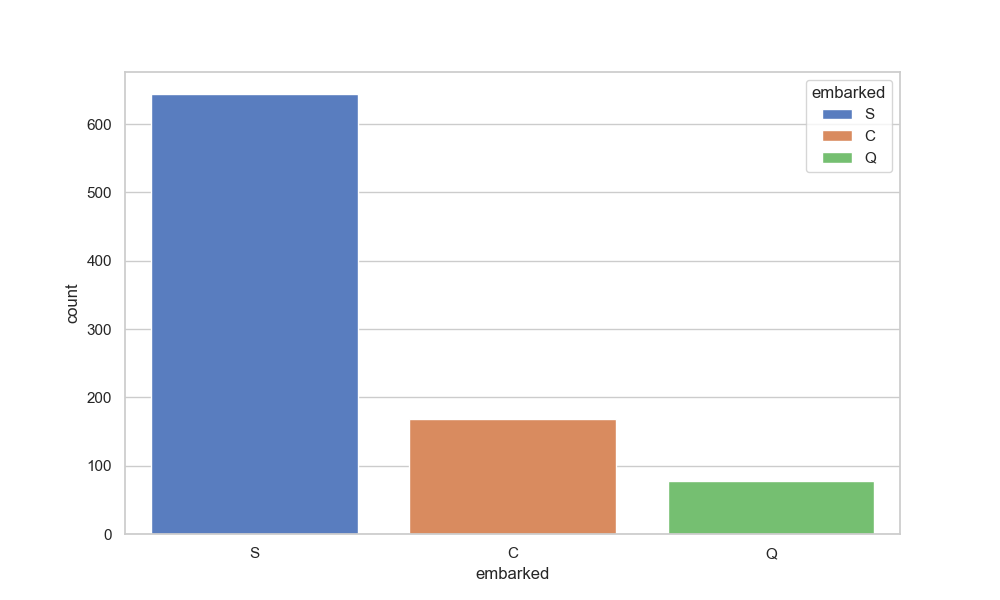
python, seaborn, countplot, x='embarked', palette='muted', hue='embarked'